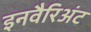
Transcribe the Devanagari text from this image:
इनवैरिअंट